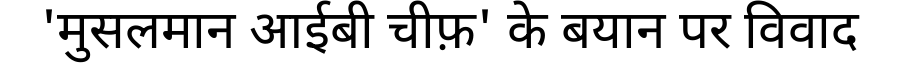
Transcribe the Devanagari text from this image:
'मुसलमान आईबी चीफ़' के बयान पर विवाद